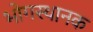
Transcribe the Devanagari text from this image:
भोगस्थानक